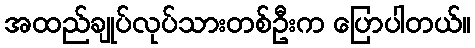
အထည်ချုပ်လုပ်သားတစ်ဦးက ပြောပါတယ်။